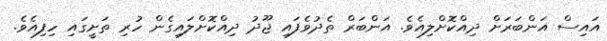
އައިސް އަންބަރަށް ދިއްކޮށްލިއެވެ. އަންބަރް ތެދުވެފައި ޖޫދު ދިއްކޮށްލައިގެން ހުރި ތަށީގައި ހިފިއެވެ.